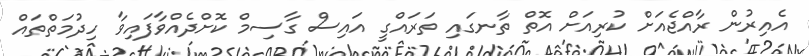
އެއިރުން ރާއްޖެއަށް ކުރިއަށް އޮތް ތާނގައި ތަރައްގީ އަައިސް ގާސިމް ކޮށްދެއްވާފައިވާ ހިދުމަތްތައް